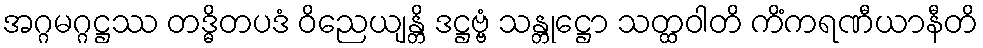
အဂ္ဂမဂ္ဂဋ္ဌဿ တဒ္ဓိတပဒံ ဝိညေယျန္တိ ဒဋ္ဌဗ္ဗံ သန္တုဋ္ဌော သတ္ထဝါတိ ကိံကရဏီယာနီတိ